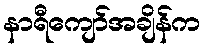
နာရီကျော်အချိန်က